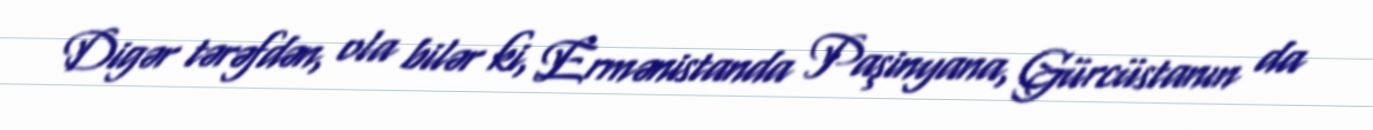
Digər tərəfdən, ola bilər ki, Ermənistanda Paşinyana, Gürcüstanın da